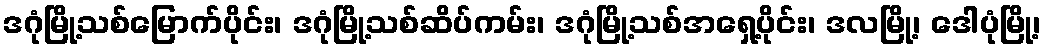
ဒဂုံမြို့သစ်မြောက်ပိုင်း၊ ဒဂုံမြို့သစ်ဆိပ်ကမ်း၊ ဒဂုံမြို့သစ်အရှေ့ပိုင်း၊ ဒလမြို့၊ ဒေါပုံမြို့၊